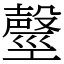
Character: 𣫒